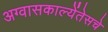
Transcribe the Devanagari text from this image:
अग्वासकाल्येंतेसचे